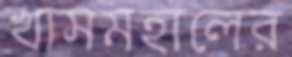
খাসমহালের